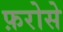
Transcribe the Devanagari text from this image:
फ़रोसे